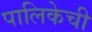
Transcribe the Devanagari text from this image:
पालिकेची